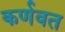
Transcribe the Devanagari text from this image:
कर्णवत